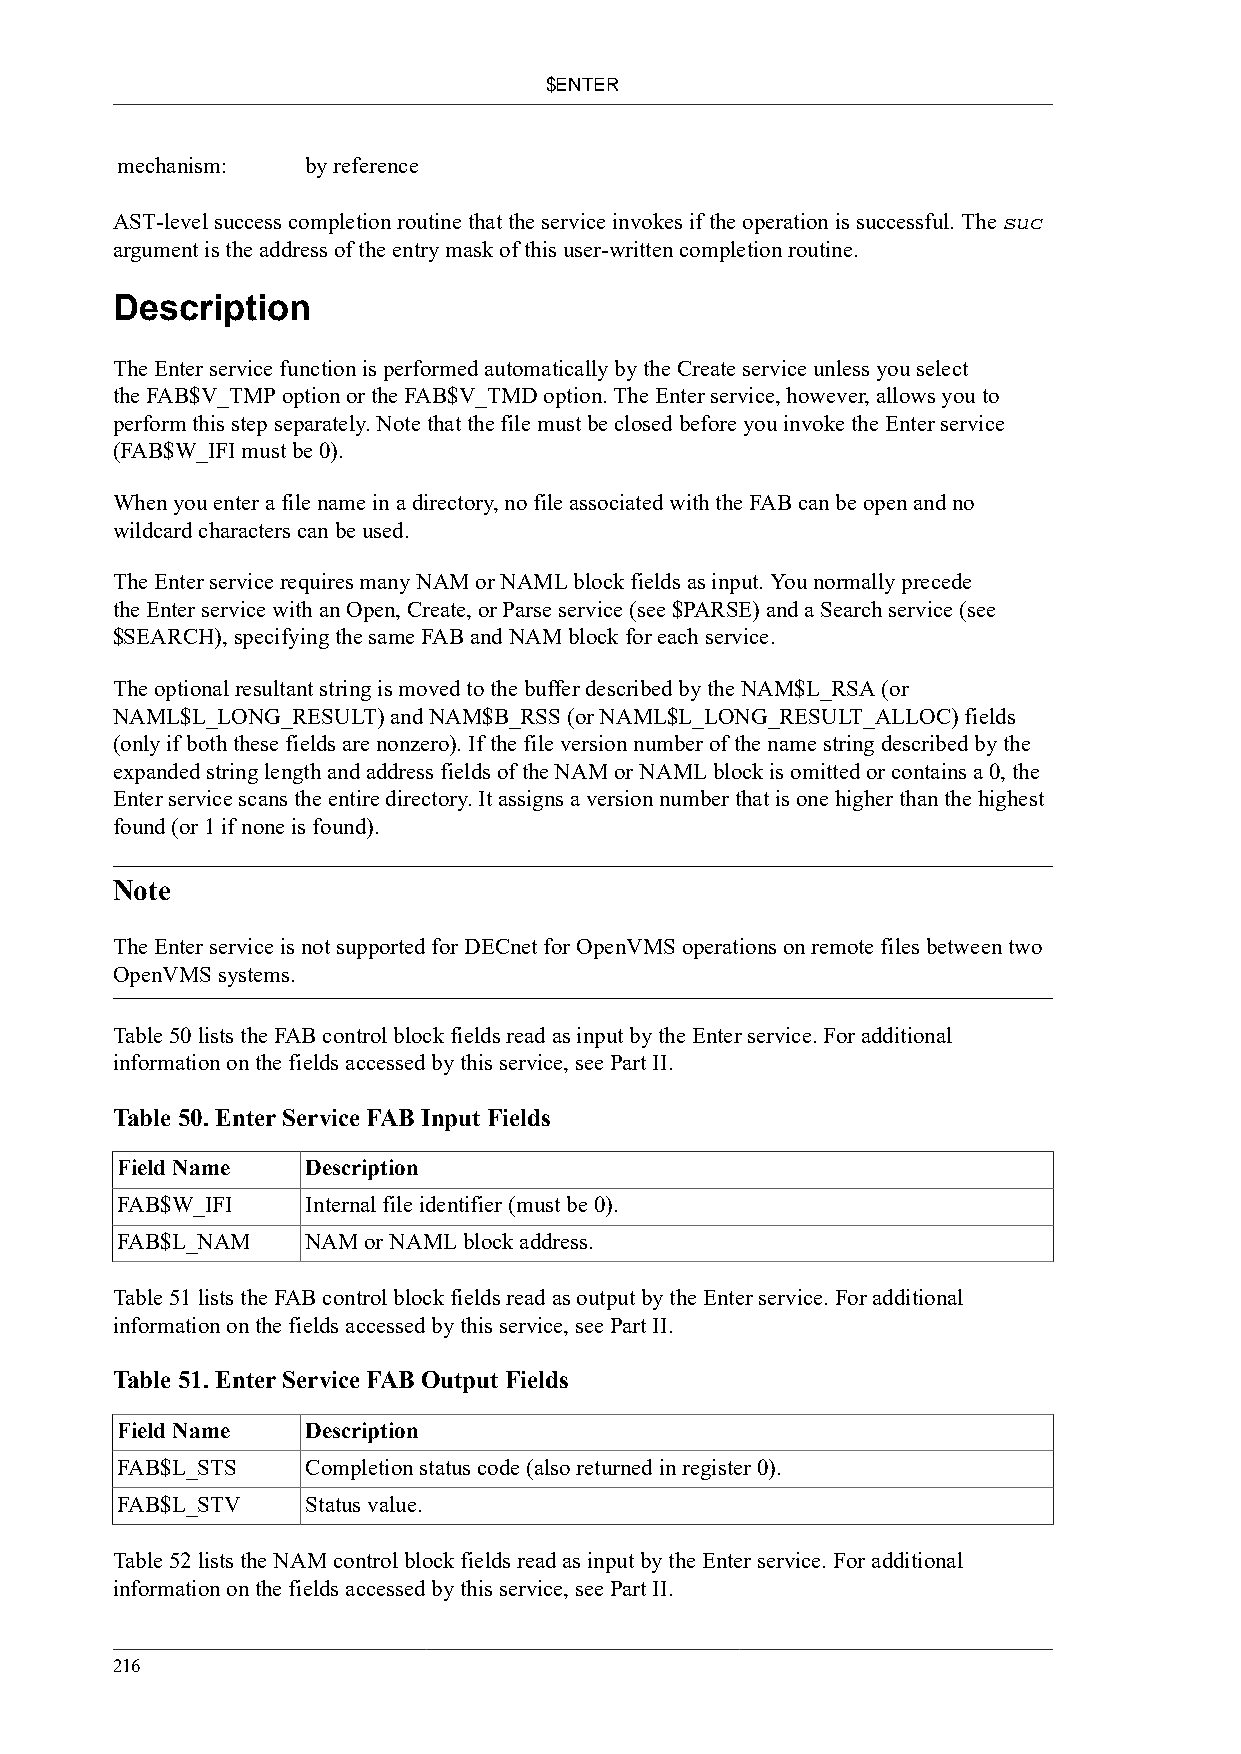
$ENTER
 mechanism:  by reference
 AST-level success completion routine that the service invokes if the operation is successful. The suc
 argument is the address of the entry mask of this user-written completion routine.
 Description
 The Enter service function is performed automatically by the Create service unless you select
 the FAB$V_TMP option or the FAB$V_TMD option. The Enter service, however, allows you to
 perform this step separately. Note that the file must be closed before you invoke the Enter service
 (FAB$W_IFI must be 0).
 When you enter a file name in a directory, no file associated with the FAB can be open and no
 wildcard characters can be used.
 The Enter service requires many NAM or NAML block fields as input. You normally precede
 the Enter service with an Open, Create, or Parse service (see $PARSE) and a Search service (see
 $SEARCH), specifying the same FAB and NAM block for each service.
 The optional resultant string is moved to the buffer described by the NAM$L_RSA (or
 NAML$L_LONG_RESULT) and NAM$B_RSS (or NAML$L_LONG_RESULT_ALLOC) fields
 (only if both these fields are nonzero). If the file version number of the name string described by the
 expanded string length and address fields of the NAM or NAML block is omitted or contains a 0, the
 Enter service scans the entire directory. It assigns a version number that is one higher than the highest
 found (or 1 if none is found).
 Note
 The Enter service is not supported for DECnet for OpenVMS operations on remote files between two
 OpenVMS systems.
 Table 50 lists the FAB control block fields read as input by the Enter service. For additional
 information on the fields accessed by this service, see Part II.
 Table 50. Enter Service FAB Input Fields
 Field Name  Description
 FAB$W_IFI   Internal file identifier (must be 0).
 FAB$L_NAM   NAM or NAML block address.
 Table 51 lists the FAB control block fields read as output by the Enter service. For additional
 information on the fields accessed by this service, see Part II.
 Table 51. Enter Service FAB Output Fields
 Field Name  Description
 FAB$L_STS   Completion status code (also returned in register 0).
 FAB$L_STV   Status value.
 Table 52 lists the NAM control block fields read as input by the Enter service. For additional
 information on the fields accessed by this service, see Part II.
 216